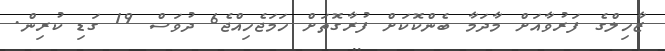
ޒާހިލްގެ ފަރުވާއަށް މާދަމާ ބެންކޮކަށް ފުރާގޮތަށް ހަމަޖެހިއްޖެ6 ދުވަސް 19 ގަޑި ކުރިން.